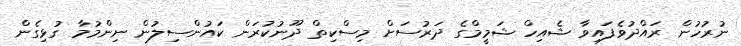
ނުރުހުން ރައްދުވެފައިވާ ޝެއިހް ޝަމީމްގެ ދަރުސަށް މިސްކިތް ދޫނުކުރަން ކައުންސިލުން ނިންމުމާ ގުޅިގެން